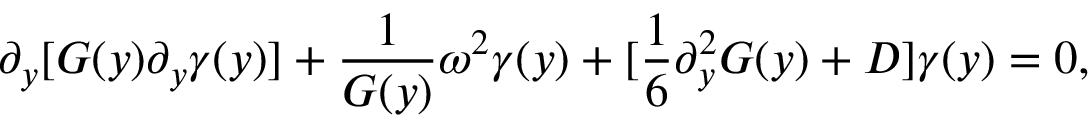
\partial _ { y } [ G ( y ) \partial _ { y } \gamma ( y ) ] + \frac { 1 } { G ( y ) } \omega ^ { 2 } \gamma ( y ) + [ \frac { 1 } { 6 } \partial _ { y } ^ { 2 } G ( y ) + D ] \gamma ( y ) = 0 ,